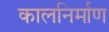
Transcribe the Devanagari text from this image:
कालनिर्माण